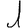
Digit: 1